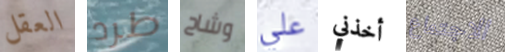
العقل طرد وشاح علي أخذني الاجتماع